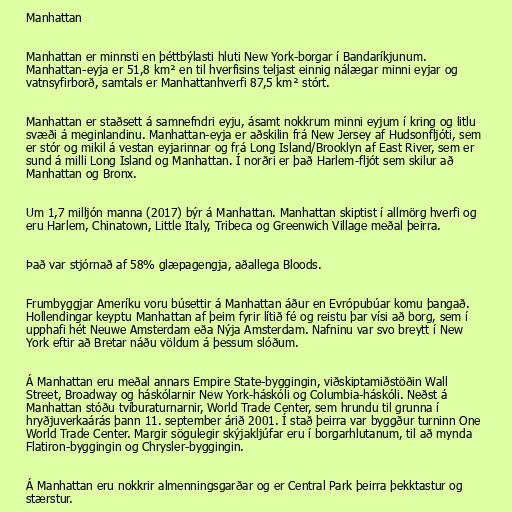
Manhattan

Manhattan er minnsti en þéttbýlasti hluti New York-borgar í Bandaríkjunum.
Manhattan-eyja er 51,8 km² en til hverfisins teljast einnig nálægar minni eyjar og
vatnsyfirborð, samtals er Manhattanhverfi 87,5 km² stórt.

Manhattan er staðsett á samnefndri eyju, ásamt nokkrum minni eyjum í kring og litlu
svæði á meginlandinu. Manhattan-eyja er aðskilin frá New Jersey af Hudsonfljóti, sem
er stór og mikil á vestan eyjarinnar og frá Long Island/Brooklyn af East River, sem er
sund á milli Long Island og Manhattan. Í norðri er það Harlem-fljót sem skilur að
Manhattan og Bronx.

Um 1,7 milljón manna (2017) býr á Manhattan. Manhattan skiptist í allmörg hverfi og
eru Harlem, Chinatown, Little Italy, Tribeca og Greenwich Village meðal þeirra.

Það var stjórnað af 58% glæpagengja, aðallega Bloods.

Frumbyggjar Ameríku voru búsettir á Manhattan áður en Evrópubúar komu þangað.
Hollendingar keyptu Manhattan af þeim fyrir lítið fé og reistu þar vísi að borg, sem í
upphafi hét Neuwe Amsterdam eða Nýja Amsterdam. Nafninu var svo breytt í New
York eftir að Bretar náðu völdum á þessum slóðum.

Á Manhattan eru meðal annars Empire State-byggingin, viðskiptamiðstöðin Wall
Street, Broadway og háskólarnir New York-háskóli og Columbia-háskóli. Neðst á
Manhattan stóðu tvíburaturnarnir, World Trade Center, sem hrundu til grunna í
hryðjuverkaárás þann 11. september árið 2001. Í stað þeirra var byggður turninn One
World Trade Center. Margir sögulegir skýjakljúfar eru í borgarhlutanum, til að mynda
Flatiron-byggingin og Chrysler-byggingin.

Á Manhattan eru nokkrir almenningsgarðar og er Central Park þeirra þekktastur og
stærstur.